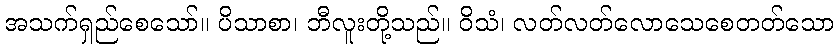
အသက်ရှည်စေသော်။ ပိသာစာ၊ ဘီလူးတို့သည်။ ဝိသံ၊ လတ်လတ်လောသေစေတတ်သော